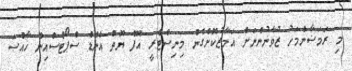
މި ރަމަޟާންމަހު ޒުވާނުންނަށް އަމާޒުކޮށްގެން މިނިސްޓްރީ އޮފް ޔޫތް އެންޑް ސްޕޯޓްސްއިން ޚާއްޞަ